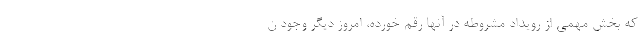
که بخش مهمی از رویداد مشروطه در آنها رقم خورده، امروز دیگر وجود ن